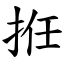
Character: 拰